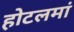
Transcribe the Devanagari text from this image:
होटलमां